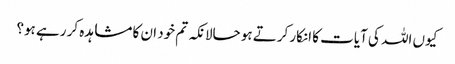
کیوں اللہ کی آیات کا انکار کرتے ہو حالانکہ تم خود ان کا مشاہدہ کر رہے ہو؟